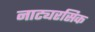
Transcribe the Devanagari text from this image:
नाट्यरसिक